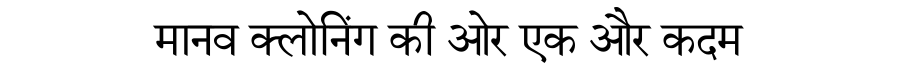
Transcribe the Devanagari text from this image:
मानव क्लोनिंग की ओर एक और कदम